Indian journal of veterinary science and animal husbandry - Volume 3,
Year: 1933
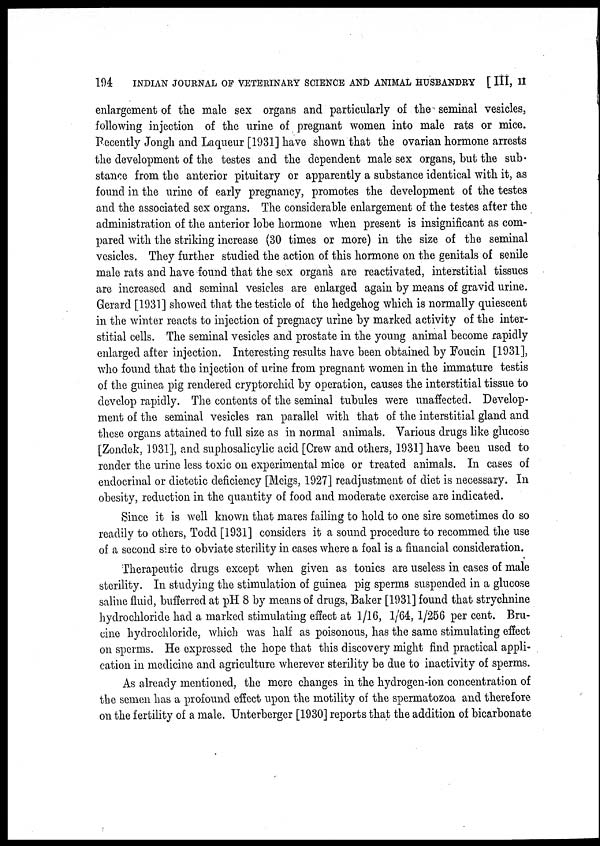
194
INDIAN JOURNAL OF VETERINARY SCIENCE AND ANIMAL HUSBANDRY [ III, II
enlargement of the male sex organs and particularly of the seminal vesicles,
following injection of the urine of pregnant women into male rats or mice.
Recently Jongh and Laqueur [1931] have shown that the ovarian hormone arrests
the development of the testes and the dependent male sex organs, but the sub-
stance from the anterior pituitary or apparently a substance identical with it, as
found in the urine of early pregnancy, promotes the development of the testes
and the associated sex organs. The considerable enlargement of the testes after the
administration of the anterior lobe hormone when present is insignificant as com-
pared with the striking increase (30 times or more) in the size of the seminal
vesicles. They further studied the action of this hormone on the genitals of senile
male rats and have found that the sex organs are reactivated, interstitial tissues
are increased and seminal vesicles are enlarged again by means of gravid urine.
Gerard [1931] showed that the testicle of the hedgehog which is normally quiescent
in the winter reacts to injection of pregnacy urine by marked activity of the inter-
stitial cells. The seminal vesicles and prostate in the young animal become rapidly
enlarged after injection. Interesting results have been obtained by Foucin [1931],
who found that the injection of urine from pregnant women in the immature testis
of the guinea pig rendered cryptorchid by operation, causes the interstitial tissue to
develop rapidly. The contents of the seminal tubules were unaffected. Develop-
ment of the seminal vesicles ran parallel with that of the interstitial gland and
these organs attained to full size as in normal animals. Various drugs like glucose
[Zondek, 1931], and suphosalicylic acid [Crew and others, 1931] have been used to
render the urine less toxic on experimental mice or treated animals. In cases of
endocrinal or dietetic deficiency [Meigs, 1927] readjustment of diet is necessary. In
obesity, reduction in the quantity of food and moderate exercise are indicated.
Since it is well known that mares failing to hold to one sire sometimes do so
readily to others, Todd [1931] considers it a sound procedure to recommed the use
of a second sire to obviate sterility in cases where a foal is a financial consideration.
Therapeutic drugs except when given as tonics are useless in cases of male
sterility. In studying the stimulation of guinea pig sperms suspended in a glucose
saline fluid, bufferred at pH 8 by means of drugs, Baker [1931] found that strychnine
hydrochloride had a marked stimulating effect at 1/16, 1/64, 1/256 per cent. Bru¬
cine hydrochloride, which was half as poisonous, has the same stimulating effect
on sperms. He expressed the hope that this discovery might find practical appli¬
cation in medicine and agriculture wherever sterility be due to inactivity of sperms.
As already mentioned, the mere changes in the hydrogen-ion concentration of
the semen has a profound effect upon the motility of the spermatozoa and therefore
on the fertility of a male. Unterberger [1930] reports that the addition of bicarbonate